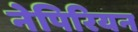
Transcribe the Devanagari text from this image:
नेपिरियन